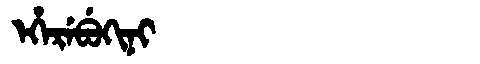
Manchu: ᡝᡥᡝᡵᡝᠪᡠᡴᡳᠨᡳ
Romanization: EHEREBUKINI